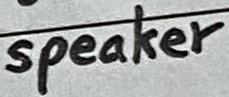
Text: speaker